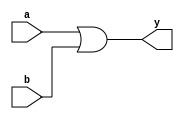
module or1(y,a,b);
  input a,b;
  output y;
  assign y = a|b;
endmodule